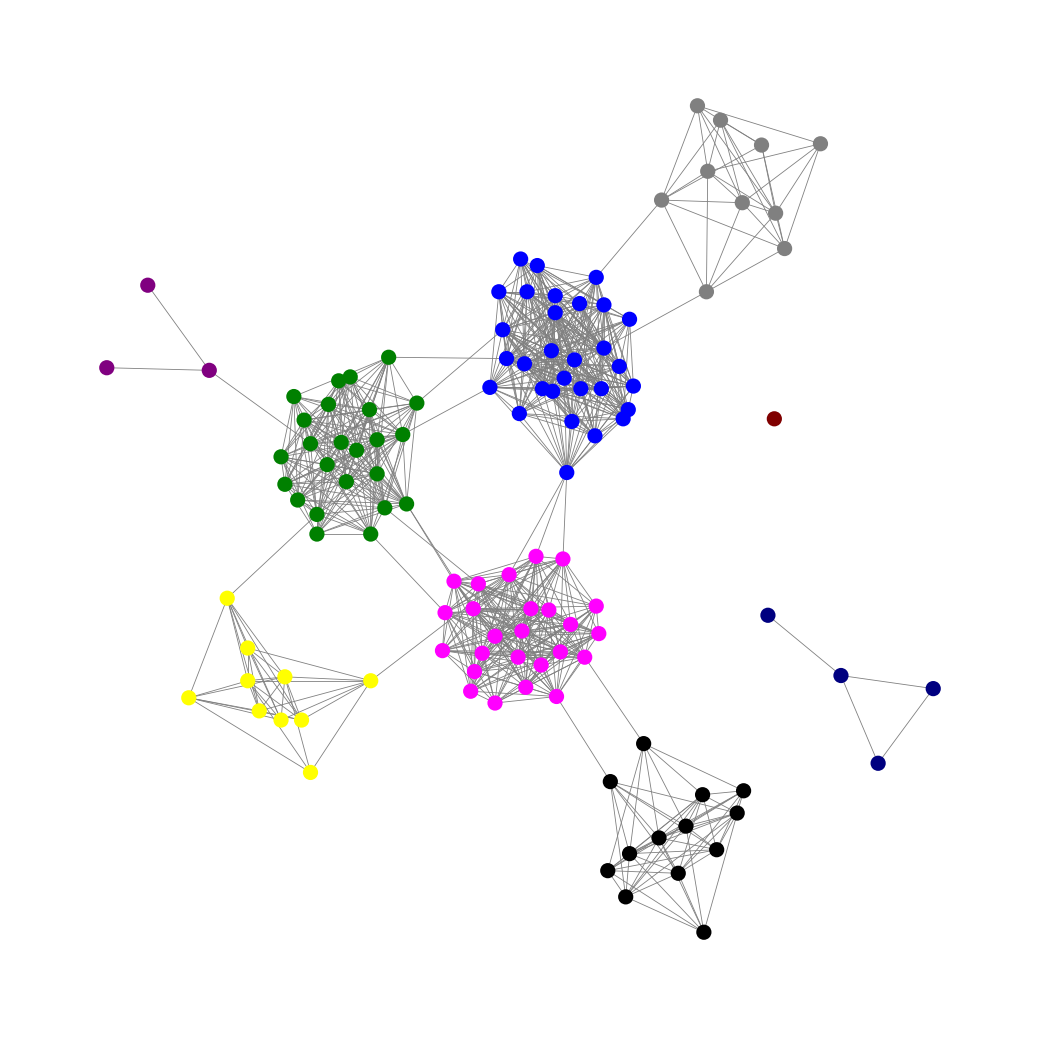
Graph connected: No
Number of connected components: 3
Number of singletons: 1
Total number of nodes: 120
Total number of edges: 870
Number of communities: 9
Community sizes:
Black: 13
Blue: 30
Fuchsia: 25
Gray: 10
Green: 24
Maroon: 1
Navy: 4
Purple: 3
Yellow: 10
Graph layout: tda
Graph generation method: erdos_renyi